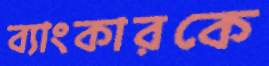
ব্যাংকারকে